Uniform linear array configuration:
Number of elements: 12
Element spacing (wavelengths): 1
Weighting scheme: binomial
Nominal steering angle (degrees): -60
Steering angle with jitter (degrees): -61.963
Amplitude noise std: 0.05
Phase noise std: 0.05

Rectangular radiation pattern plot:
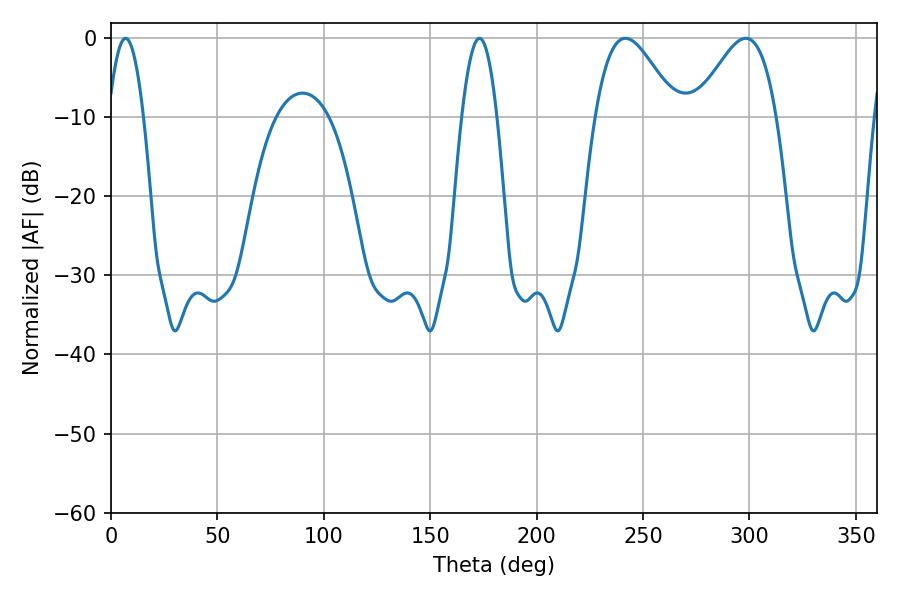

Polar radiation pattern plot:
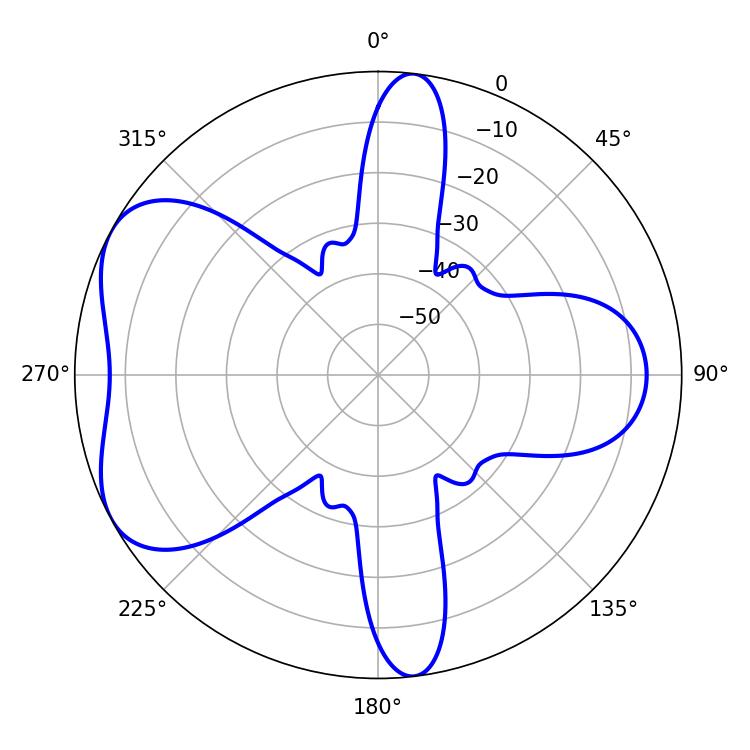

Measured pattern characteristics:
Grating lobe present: TRUE
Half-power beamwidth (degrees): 20.34
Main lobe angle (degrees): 241.74